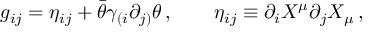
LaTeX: g _ { i j } = \eta _ { i j } + \bar { \theta } \gamma _ { ( i } \partial _ { j ) } \theta \, , \qquad \eta _ { i j } \equiv \partial _ { i } X ^ { \mu } \partial _ { j } X _ { \mu } \, ,